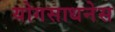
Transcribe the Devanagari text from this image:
योगसाधनेस